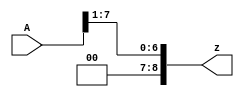
module right_rotate (input[7:0] A,output reg [8:0] z);
always @ (*)
 begin
  z<=A>>>1;
end
endmodule